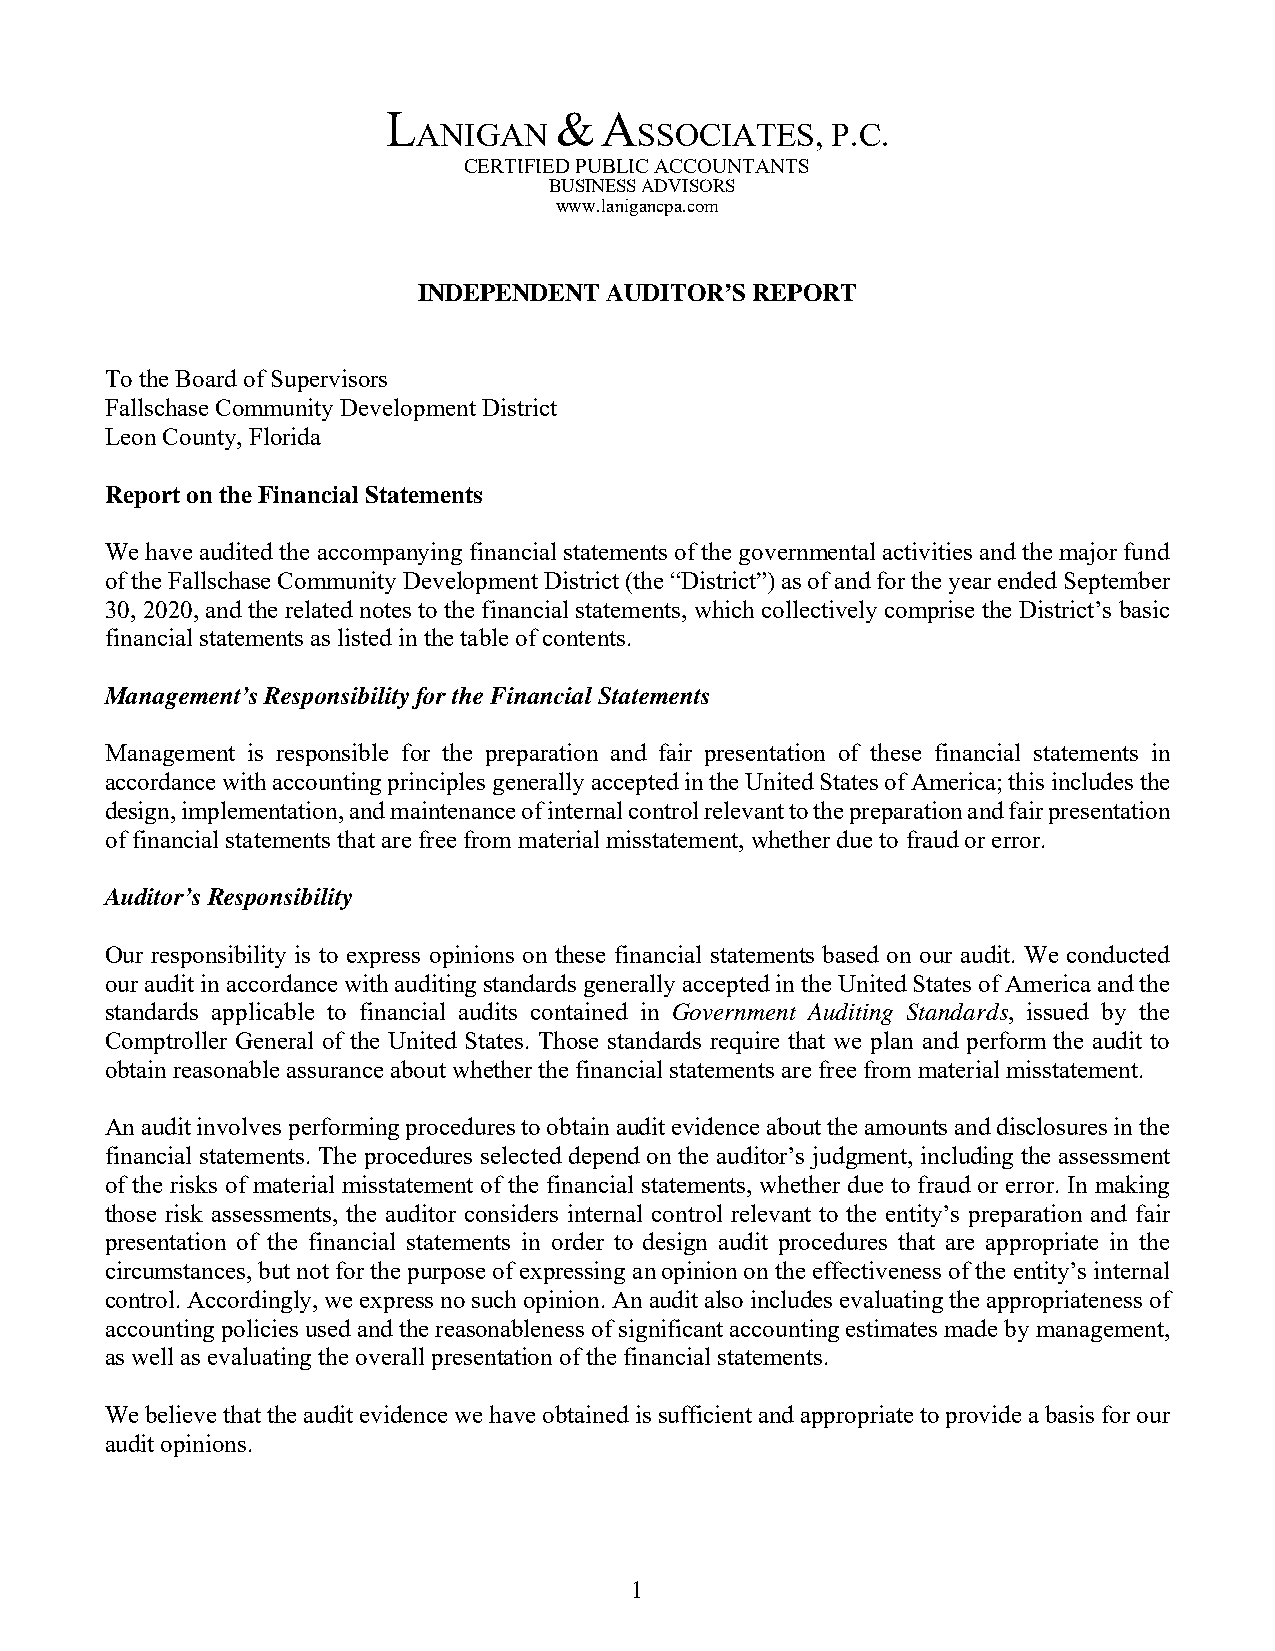
L          &  A
 ANIGAN        SSOCIATES,   P.C.
 CERTIFIED PUBLIC ACCOUNTANTS
 BUSINESS ADVISORS
 www.lanigancpa.com
 INDEPENDENT AUDITOR’S REPORT
 To the Board of Supervisors
 Fallschase Community Development District
 Leon County, Florida
 Report on the Financial Statements
 We have audited the accompanying financial statements of the governmental activities and the major fund
 of the Fallschase Community Development District (the “District”) as of and for the year ended September
 30, 2020, and the related notes to the financial statements, which collectively comprise the District’s basic
 financial statements as listed in the table of contents.
 Management’s Responsibility for the Financial Statements
 Management is responsible for the preparation and fair presentation of these financial statements in
 accordance with accounting principles generally accepted in the United States of America; this includes the
 design, implementation, and maintenance of internal control relevant to the preparation and fair presentation
 of financial statements that are free from material misstatement, whether due to fraud or error.
 Auditor’s Responsibility
 Our responsibility is to express opinions on these financial statements based on our audit. We conducted
 our audit in accordance with auditing standards generally accepted in the United States of America and the
 standards applicable to financial audits contained in Government Auditing Standards, issued by the
 Comptroller General of the United States. Those standards require that we plan and perform the audit to
 obtain reasonable assurance about whether the financial statements are free from material misstatement.
 An audit involves performing procedures to obtain audit evidence about the amounts and disclosures in the
 financial statements. The procedures selected depend on the auditor’s judgment, including the assessment
 of the risks of material misstatement of the financial statements, whether due to fraud or error. In making
 those risk assessments, the auditor considers internal control relevant to the entity’s preparation and fair
 presentation of the financial statements in order to design audit procedures that are appropriate in the
 circumstances, but not for the purpose of expressing an opinion on the effectiveness of the entity’s internal
 control. Accordingly, we express no such opinion. An audit also includes evaluating the appropriateness of
 accounting policies used and the reasonableness of significant accounting estimates made by management,
 as well as evaluating the overall presentation of the financial statements.
 We believe that the audit evidence we have obtained is sufficient and appropriate to provide a basis for our
 audit opinions.
 1